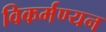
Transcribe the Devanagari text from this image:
विकर्मण्यन